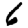
Digit: 6